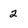
Character: 2